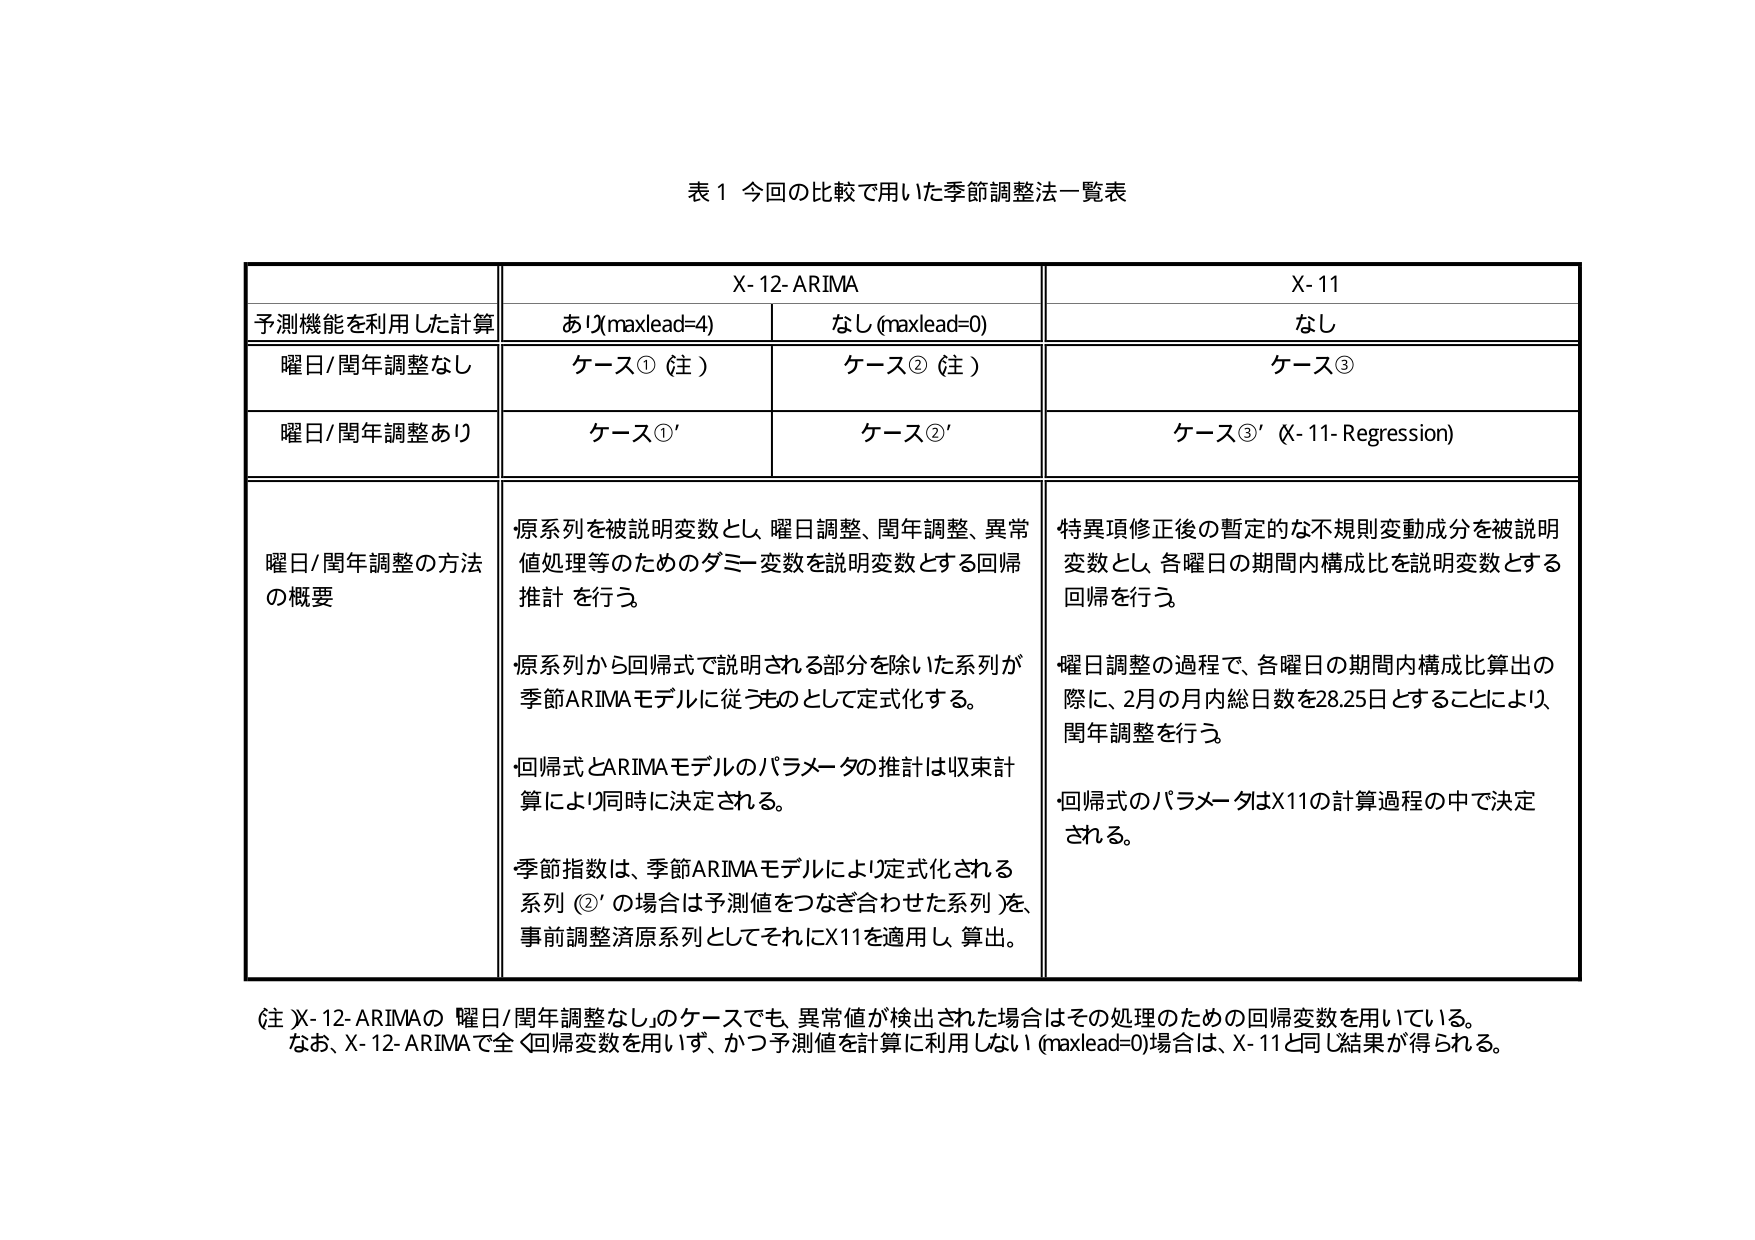
表１ 今回の比較で用いた季節調整法一覧表

X-12-ARIMA